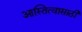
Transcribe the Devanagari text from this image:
आस्तित्वासाठी